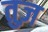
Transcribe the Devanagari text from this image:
तुज़